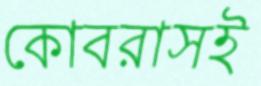
কোবরাসই